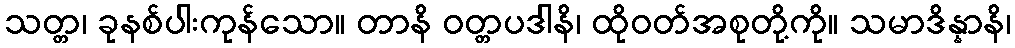
သတ္တ၊ ခုနစ်ပါးကုန်သော။ တာနိ ဝတ္တပဒါနိ၊ ထိုဝတ်အစုတို့ကို။ သမာဒိန္နာနိ၊